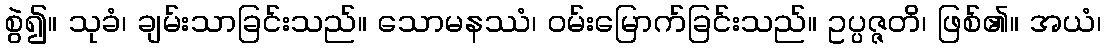
စွဲ၍။ သုခံ၊ ချမ်းသာခြင်းသည်။ သောမနဿံ၊ ဝမ်းမြောက်ခြင်းသည်။ ဥပ္ပဇ္ဇတိ၊ ဖြစ်၏။ အယံ၊